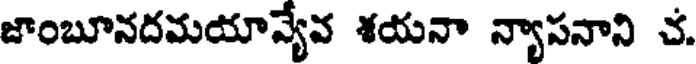
జాంబూనదమయావ్యేవ శయనా న్యాసనాని చ.